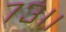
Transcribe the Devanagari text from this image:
७३।।